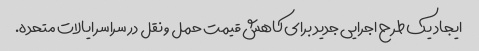
ایجاد یک طرح اجرایی جدید برای کاهش قیمت حمل و نقل در سراسر ایالات متحده.